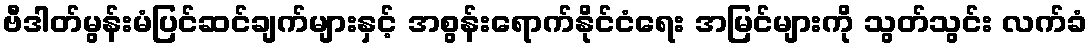
ဗီဒါတ်မွန်းမံပြင်ဆင်ချက်များနှင့် အစွန်းရောက်နိုင်ငံရေး အမြင်များကို သွတ်သွင်း လက်ခံ